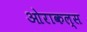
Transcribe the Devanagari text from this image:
ओराकल्स